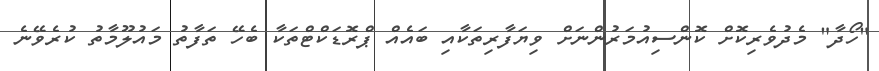
"ހޯދާ" މެދުވެރިކޮށް ކޮންސިއުމަރުންނަށް ވިޔަފާރިތަކާއި ބައެއް ޕްރޮޑަކްޓްތަކާ ބެހޭ ތަފާތު މައުލޫމާތު ކުރެވޭނެ